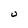
Character: U